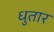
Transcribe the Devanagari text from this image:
धुतार